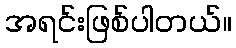
အရင်းဖြစ်ပါတယ်။